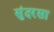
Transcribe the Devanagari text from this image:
सुंदरसा